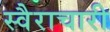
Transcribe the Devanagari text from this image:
स्वैराचारी